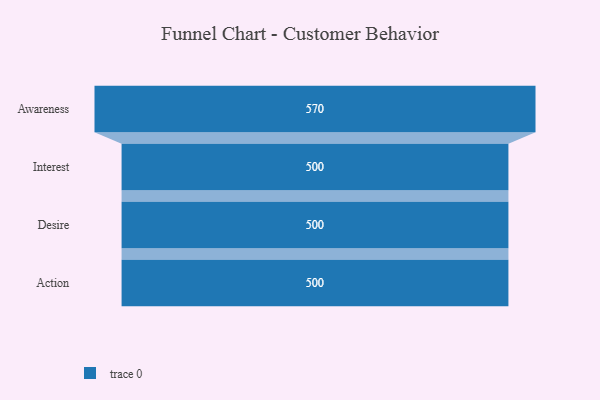
{"axis": {"x": "Stage", "y": "Value"}, "legend": [""], "data": [{"x": "Awareness", "y": 570.0, "type": ""}, {"x": "Interest", "y": 500, "type": ""}, {"x": "Desire", "y": 500, "type": ""}, {"x": "Action", "y": 500, "type": ""}]}